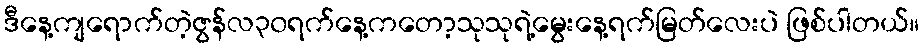
ဒီနေ့ကျရောက်တဲ့ဇွန်လ၃၀ရက်နေ့ကတော့သုသုရဲ့မွေးနေ့ရက်မြတ်လေးပဲ ဖြစ်ပါတယ်။